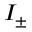
I _ { \pm }